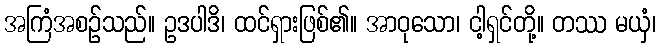
အကြံအစဉ်သည်။ ဥဒပါဒိ၊ ထင်ရှားဖြစ်၏။ အာဝုသော၊ ငါ့ရှင်တို့။ တဿ မယှံ၊